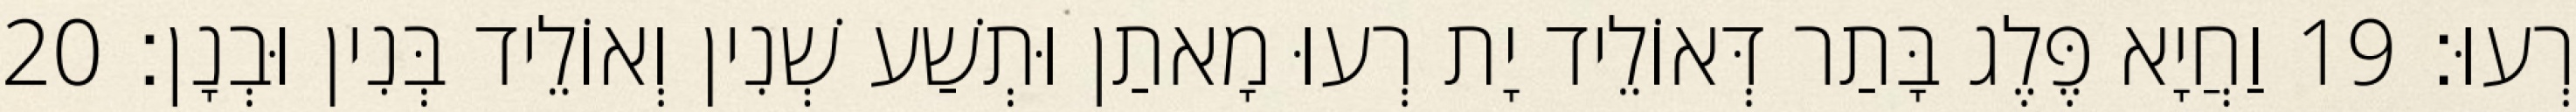
רְעוּ׃ 19 וַחֲיָא פֶּלֶג בָּתַר דְּאוֹלֵיד יָת רְעוּ מָאתַן וּתְשַׁע שְׁנִין וְאוֹלֵיד בְּנִין וּבְנָן׃ 20